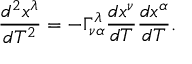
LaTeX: { \frac { d ^ { 2 } x ^ { \lambda } } { d T ^ { 2 } } } = - \Gamma _ { \nu \alpha } ^ { \lambda } { \frac { d x ^ { \nu } } { d T } } { \frac { d x ^ { \alpha } } { d T } } .